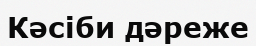
Кәсіби дәреже